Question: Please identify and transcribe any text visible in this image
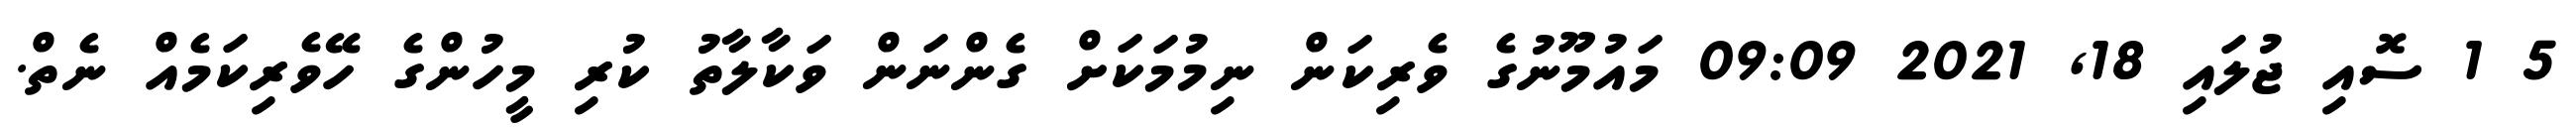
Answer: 5 1 ސޮއި ޖުލައި 18, 2021 09:09 މައުމޫނުގެ ވެރިކަން ނިމުމަކަށް ގެންނަން ވަކާލާތު ކުރި މީހުންގެ ހޭވެރިކަމެއް ނެތް.